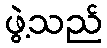
ဖွဲ့သည်